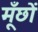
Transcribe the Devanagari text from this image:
मूँछों